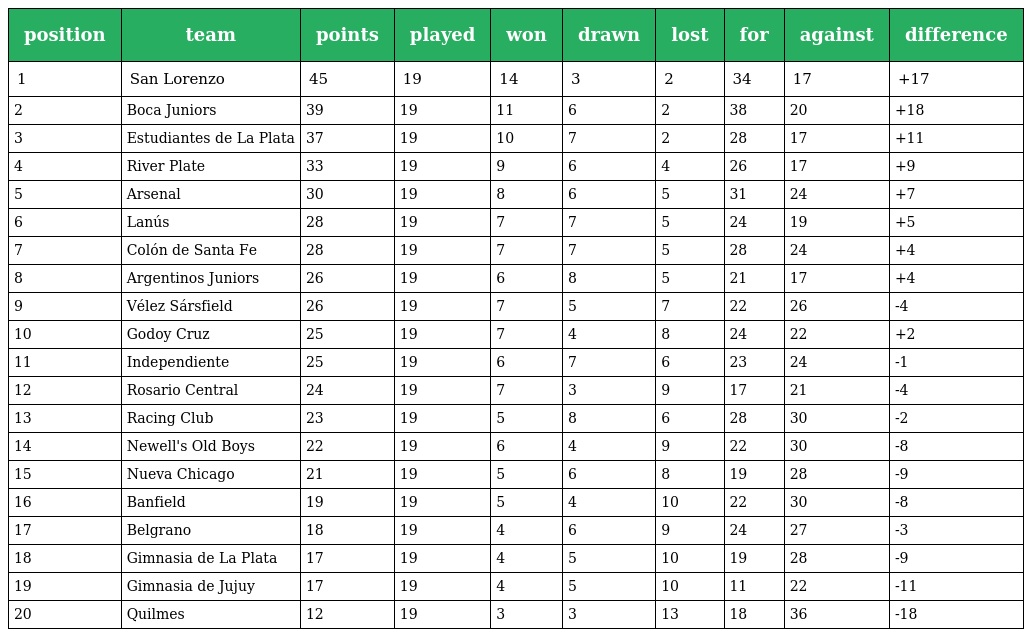
| position | team | points | played | won | drawn | lost | for | against | difference |
 | --- | --- | --- | --- | --- | --- | --- | --- | --- | --- |
 | 1 | San Lorenzo | 45 | 19 | 14 | 3 | 2 | 34 | 17 | +17 |
 | 2 | Boca Juniors | 39 | 19 | 11 | 6 | 2 | 38 | 20 | +18 |
 | 3 | Estudiantes de La Plata | 37 | 19 | 10 | 7 | 2 | 28 | 17 | +11 |
 | 4 | River Plate | 33 | 19 | 9 | 6 | 4 | 26 | 17 | +9 |
 | 5 | Arsenal | 30 | 19 | 8 | 6 | 5 | 31 | 24 | +7 |
 | 6 | Lanús | 28 | 19 | 7 | 7 | 5 | 24 | 19 | +5 |
 | 7 | Colón de Santa Fe | 28 | 19 | 7 | 7 | 5 | 28 | 24 | +4 |
 | 8 | Argentinos Juniors | 26 | 19 | 6 | 8 | 5 | 21 | 17 | +4 |
 | 9 | Vélez Sársfield | 26 | 19 | 7 | 5 | 7 | 22 | 26 | -4 |
 | 10 | Godoy Cruz | 25 | 19 | 7 | 4 | 8 | 24 | 22 | +2 |
 | 11 | Independiente | 25 | 19 | 6 | 7 | 6 | 23 | 24 | -1 |
 | 12 | Rosario Central | 24 | 19 | 7 | 3 | 9 | 17 | 21 | -4 |
 | 13 | Racing Club | 23 | 19 | 5 | 8 | 6 | 28 | 30 | -2 |
 | 14 | Newell's Old Boys | 22 | 19 | 6 | 4 | 9 | 22 | 30 | -8 |
 | 15 | Nueva Chicago | 21 | 19 | 5 | 6 | 8 | 19 | 28 | -9 |
 | 16 | Banfield | 19 | 19 | 5 | 4 | 10 | 22 | 30 | -8 |
 | 17 | Belgrano | 18 | 19 | 4 | 6 | 9 | 24 | 27 | -3 |
 | 18 | Gimnasia de La Plata | 17 | 19 | 4 | 5 | 10 | 19 | 28 | -9 |
 | 19 | Gimnasia de Jujuy | 17 | 19 | 4 | 5 | 10 | 11 | 22 | -11 |
 | 20 | Quilmes | 12 | 19 | 3 | 3 | 13 | 18 | 36 | -18 |